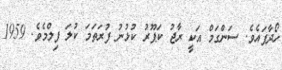
ހޯދާފައެވެ. ސަންގަމް އަކީ ރާޖު ކަޕޫރު ކުޅުނު ފުރަތަމަ ކުލަ ފިލްމެވެ. 1959